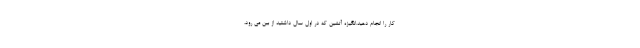
کار را انجام دهید.انگیزه آتشین که در اول سال داشتید از بین می رود،